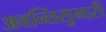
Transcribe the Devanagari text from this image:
अवन्तिसुन्दरी